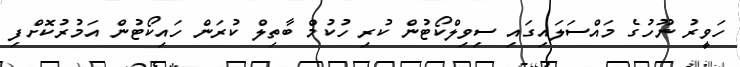
ހަވީރު ނޫހުގެ މައްސަލައިގައި ސިވިލްކޯޓުން ކުރި ހުކުމް ބާތިލް ކުރަން ހައިކޯޓުން އަމުރުކޮށްފި